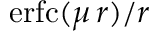
\mathrm { e r f c } ( \mu \, r ) / r